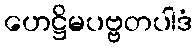
ဟေဋ္ဌိမပဗ္ဗတပါဒံ